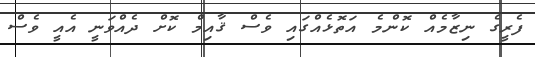
ފެރީގެ ނިޒާމެއް ކޮންމެ އަތޮޅެއްގައި ވެސް ޤާއިމް ކޮށް ދެއްވަނީ އެއީ ވެސް